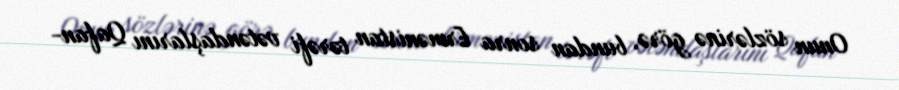
Onun sözlərinə görə, bundan sonra Ermənistan tərəfi vətəndaşlarını Qafan-